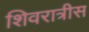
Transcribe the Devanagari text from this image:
शिवरात्रीस